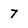
Character: 7